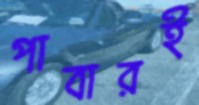
পাবারই